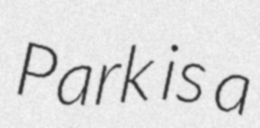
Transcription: Park is a